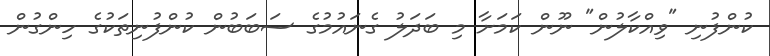
ކުންފުނި "ވިއްކާލުން" ނޫން ކަމަަށާ މި ބަދަލު ގެނައުމުގެ ސަބަބުން ކުންފުނިތަކުގެ ހިންގުން